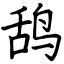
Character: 鸹